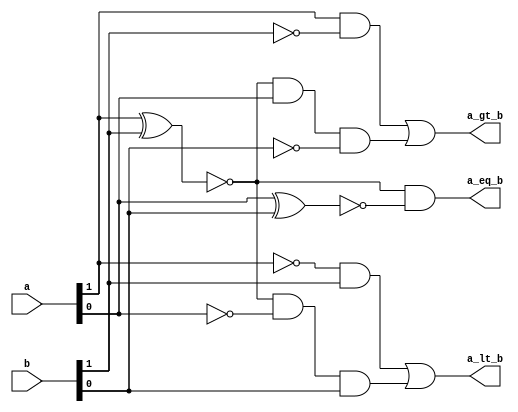
`timescale 1ns / 1ps
//////////////////////////////////////////////////////////////////////////////////
// Company: Davis Semiconductor
// 
// Design Name: 
// Module Name: two_bit_comparator
// Project Name: 
// Target Devices: Arty A7-35T
// Tool Versions: Vivado 2020.1
// Description: Compares magnitude of 2 2-bit numbers a, b.  Returns a 1 if:
//                 a > b
//                 a < b
//                 a = b
//               The outputs are mutually exclusive.	
// 
// Dependencies: 
// 
// Revision:
// Revision 0.01 - File Created
// Additional Comments:
// 
//////////////////////////////////////////////////////////////////////////////////

module two_bit_comparator(
    input [1:0] a,
    input [1:0] b,
    output a_gt_b,
    output a_lt_b,
    output a_eq_b
    );

  assign a_gt_b = (a[1] & ~b[1]) | (~(a[1] ^ b[1]) & a[0] & ~b[0]);
  assign a_lt_b = (~a[1] & b[1]) | (~(a[1] ^ b[1]) & ~a[0] & b[0]);
  assign a_eq_b = ~(a[1] ^ b[1]) & ~(a[0] ^ b[0]);
  
endmodule